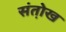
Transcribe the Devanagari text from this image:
संतो़ख